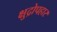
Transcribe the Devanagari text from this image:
क्षुद्रोपहार